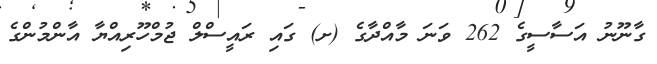
ގާނޫނު އަސާސީގެ 262 ވަނަ މާއްދާގެ (ށ) ގައި ރައީސްލް ޖުމްހޫރިއްޔާ އާންމުންގެ